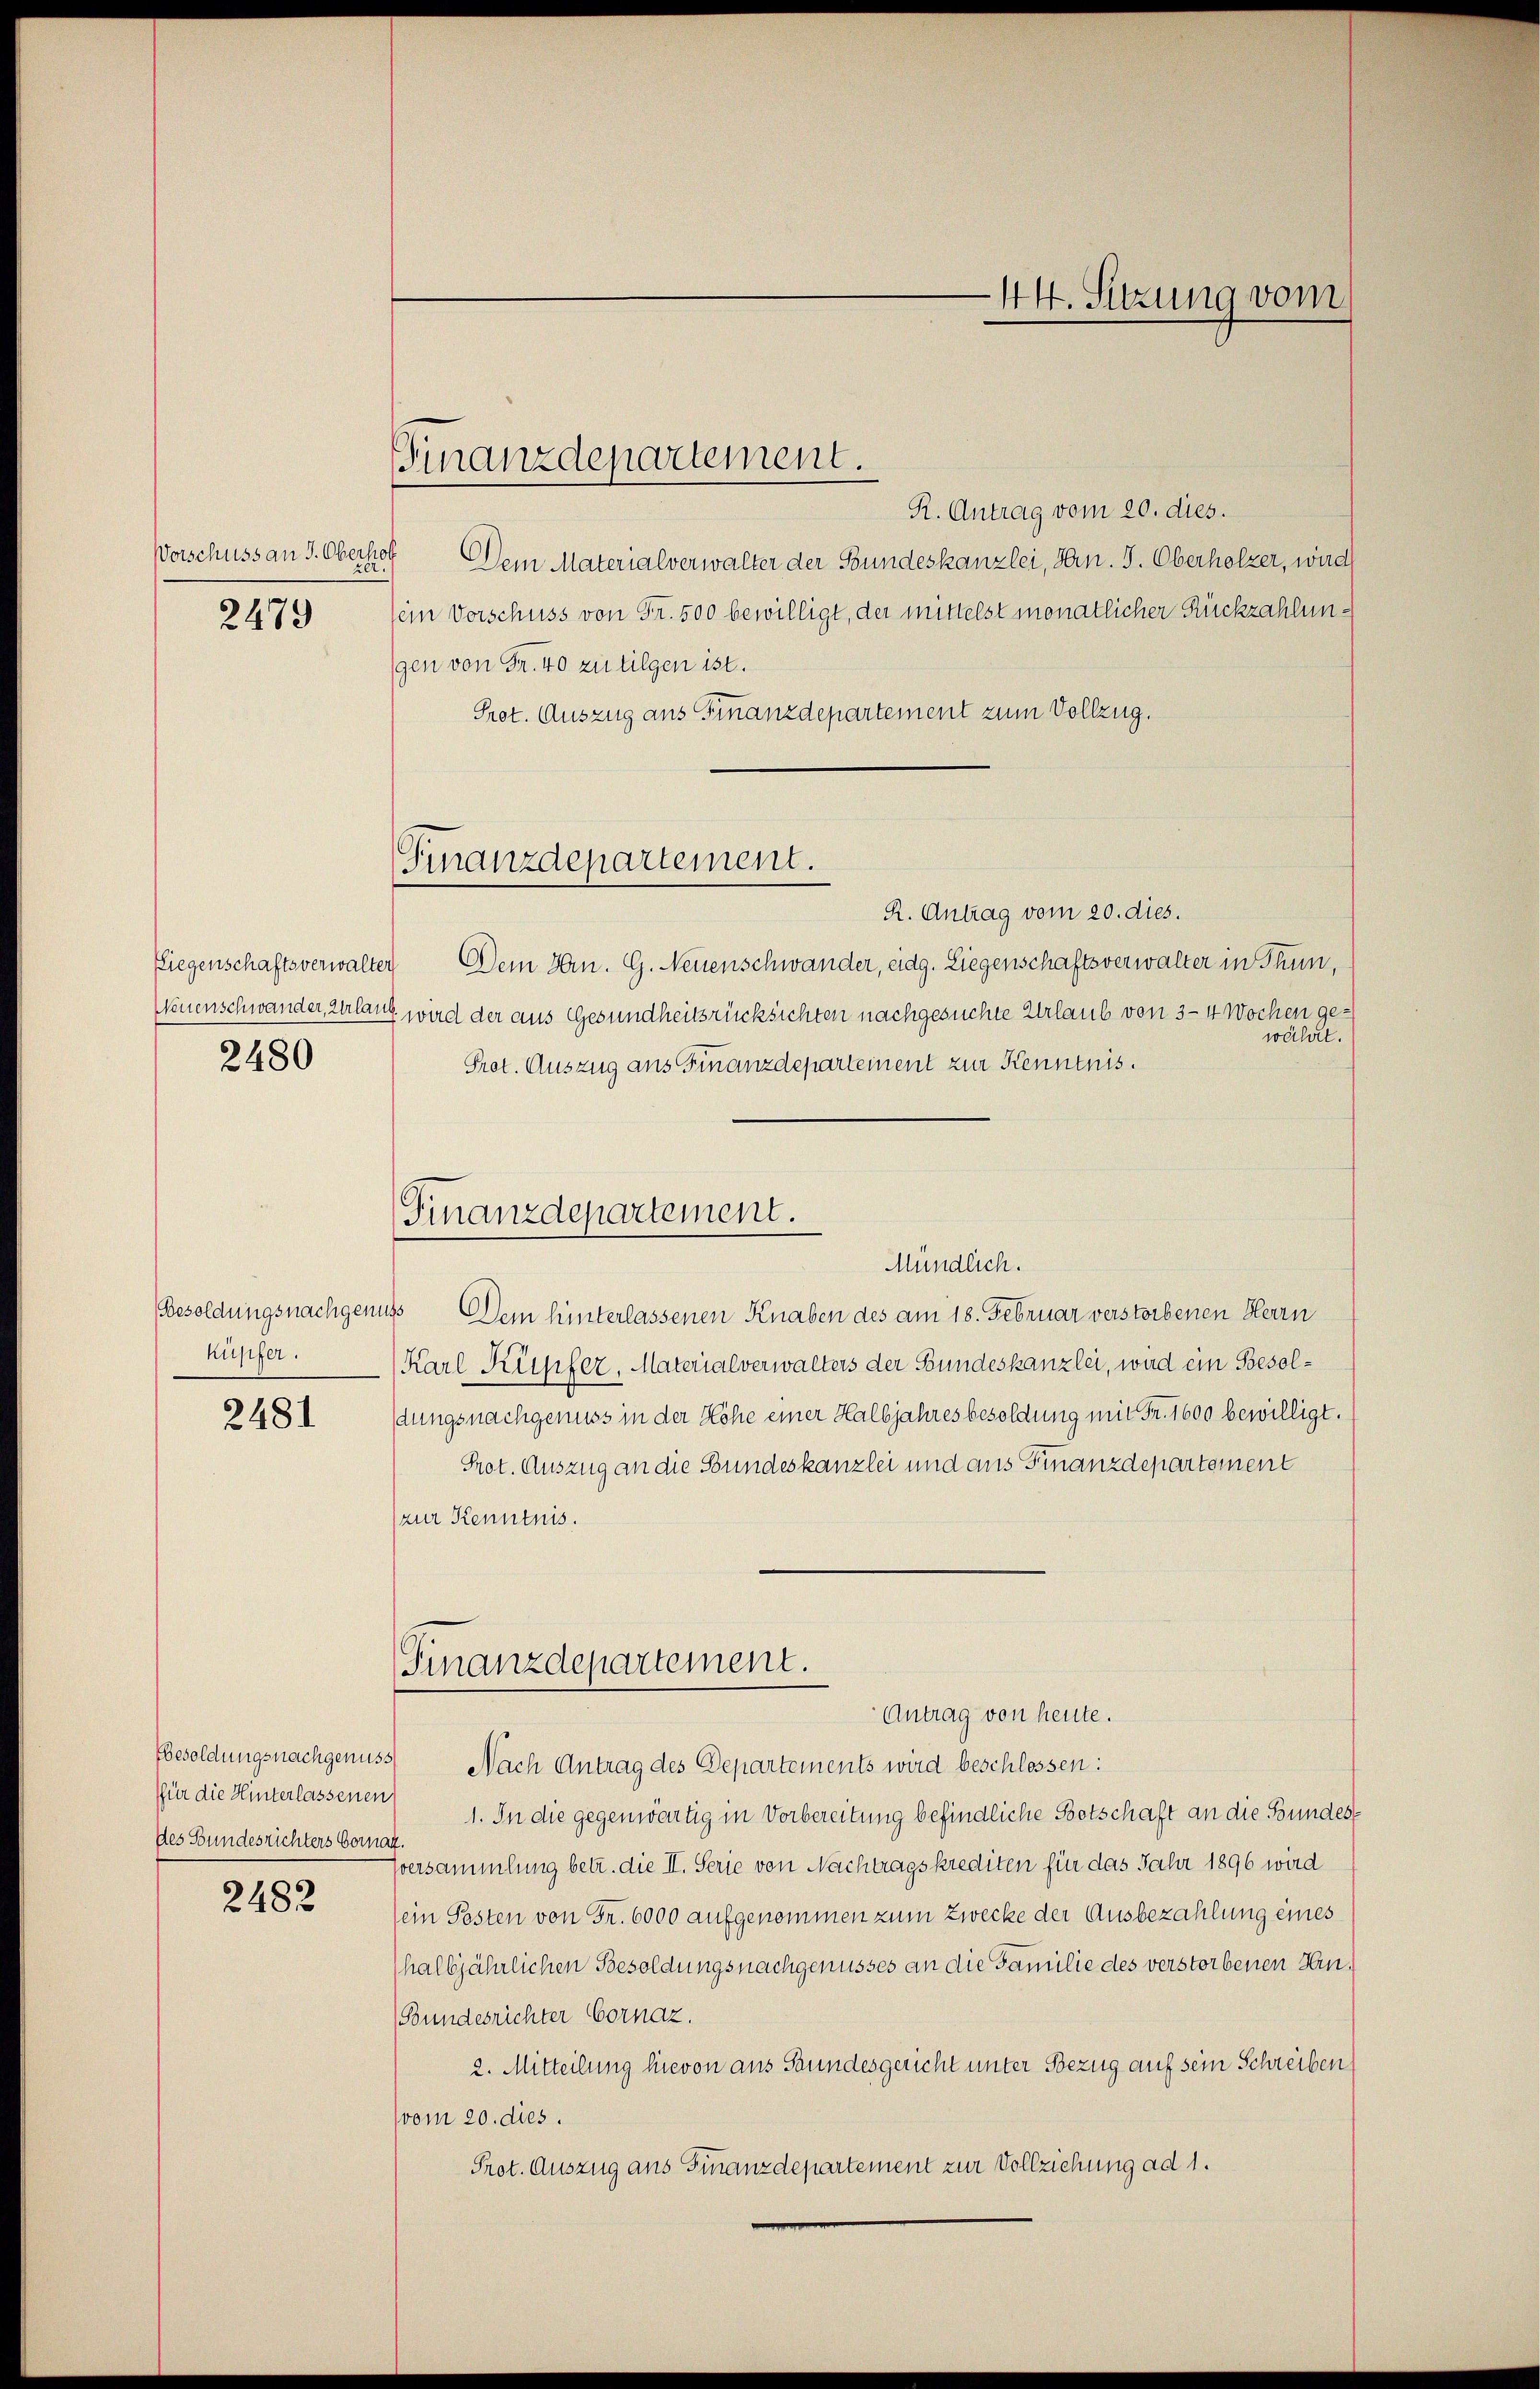
Vorschuss an S. Oberste
2479

Liegenschaftsverwalte
Neuenschwander, Urlau
2480

Küpfer.

2481

(für die Hinterlassenen
des Bundesrichters Vornat

2482

Finanzdepartement.

R. Antrag vom 20. dies.
Dem Materialverwalter der Bundeskanzlei, Hrn. J. Oberholzer, wird
ein Vorschuss von Fr. 500 bewilligt, der mittelst monatlicher Rückzahlungen von Fr. 40 zu tilgen ist.
Prot. Auszug aus Finanzdepartement zum Vollzug.
R. Antrag vom 20. dies.
 Dem Hrn. G. Neuenschwander, eidg. Liegenschaftsverwalter in Thun,
E. wird der aus Gesundheitsrücksichten nachgesuchte Urlaub von 3–4 Wochen gewährt.
Prot. Auszug aus Finanzdepartement zur Kenntnis.
Mündlich.
Besoldungsnachgenuss Dem hinterlassenen Knaben des am 18. Februar verstorbenen Herrn
Karl Küfer, Materialverwalters der Bundeskanzlei, wird ein Besoldungsnachgenuss in der Höhe einer Halbjahres besoldung mit Fr. 1600 bewilligt.
Prot. Auszug an die Bundeskanzlei und aus Finanzdepartement
(zur Kenntnis.
Finanzdepartement.
Antrag von heute.
Besoldungsnachgenuss Nach Antrag des Departements wird beschlossen:
1. In die gegenwärtig in Vorbereitung befindliche Botschaft an die Bundes¬
Eversammlung betr. die II. Serie von Nachtragskrediten für das Jahr 1896 wird
sein Posten von Fr. 6000 aufgenommen zum Zwecke der Ausbezahlung eines
(halbjährlichen Besoldungsnachgenusses an die Familie des verstorbenen Hin¬
(Bundesrichter Cornaz.
2. Mitteilung hievon aus Stundesgericht unter Bezug auf sein Schreiben
(vom 20. dies.
Prot. Auszug aus Finanzdepartement zur Vollziehung ad 1.

Finanzdepartement.

Finanzdepartement.

44. Sitzung vom